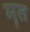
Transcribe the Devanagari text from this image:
मॄत